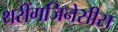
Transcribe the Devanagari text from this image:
थरींगजिनेसीस